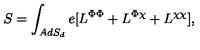
S = \int _ { A d S _ { d } } e [ L ^ { \Phi \Phi } + L ^ { \Phi \chi } + L ^ { \chi \chi } ] ,